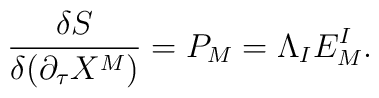
{{\delta S}\over{\delta(\partial_\tau X^M)}}=P_{M}=\Lambda_I E^{I}_{M}.